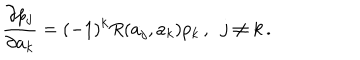
{ \frac { \partial p _ { j } } { \partial a _ { k } } } = ( - 1 ) ^ { k } R ( a _ { j } , a _ { k } ) p _ { k } \, , \ \ j \neq k \, .